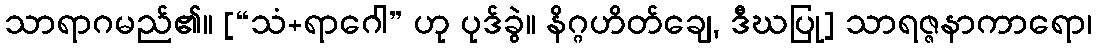
သာရာဂမည်၏။ [“သံ+ရာဂေါ” ဟု ပုဒ်ခွဲ။ နိဂ္ဂဟိတ်ချေ, ဒီဃပြု] သာရဇ္ဇနာကာရော၊